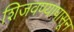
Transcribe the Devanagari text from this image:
शिजवण्यापासून